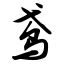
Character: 鸢